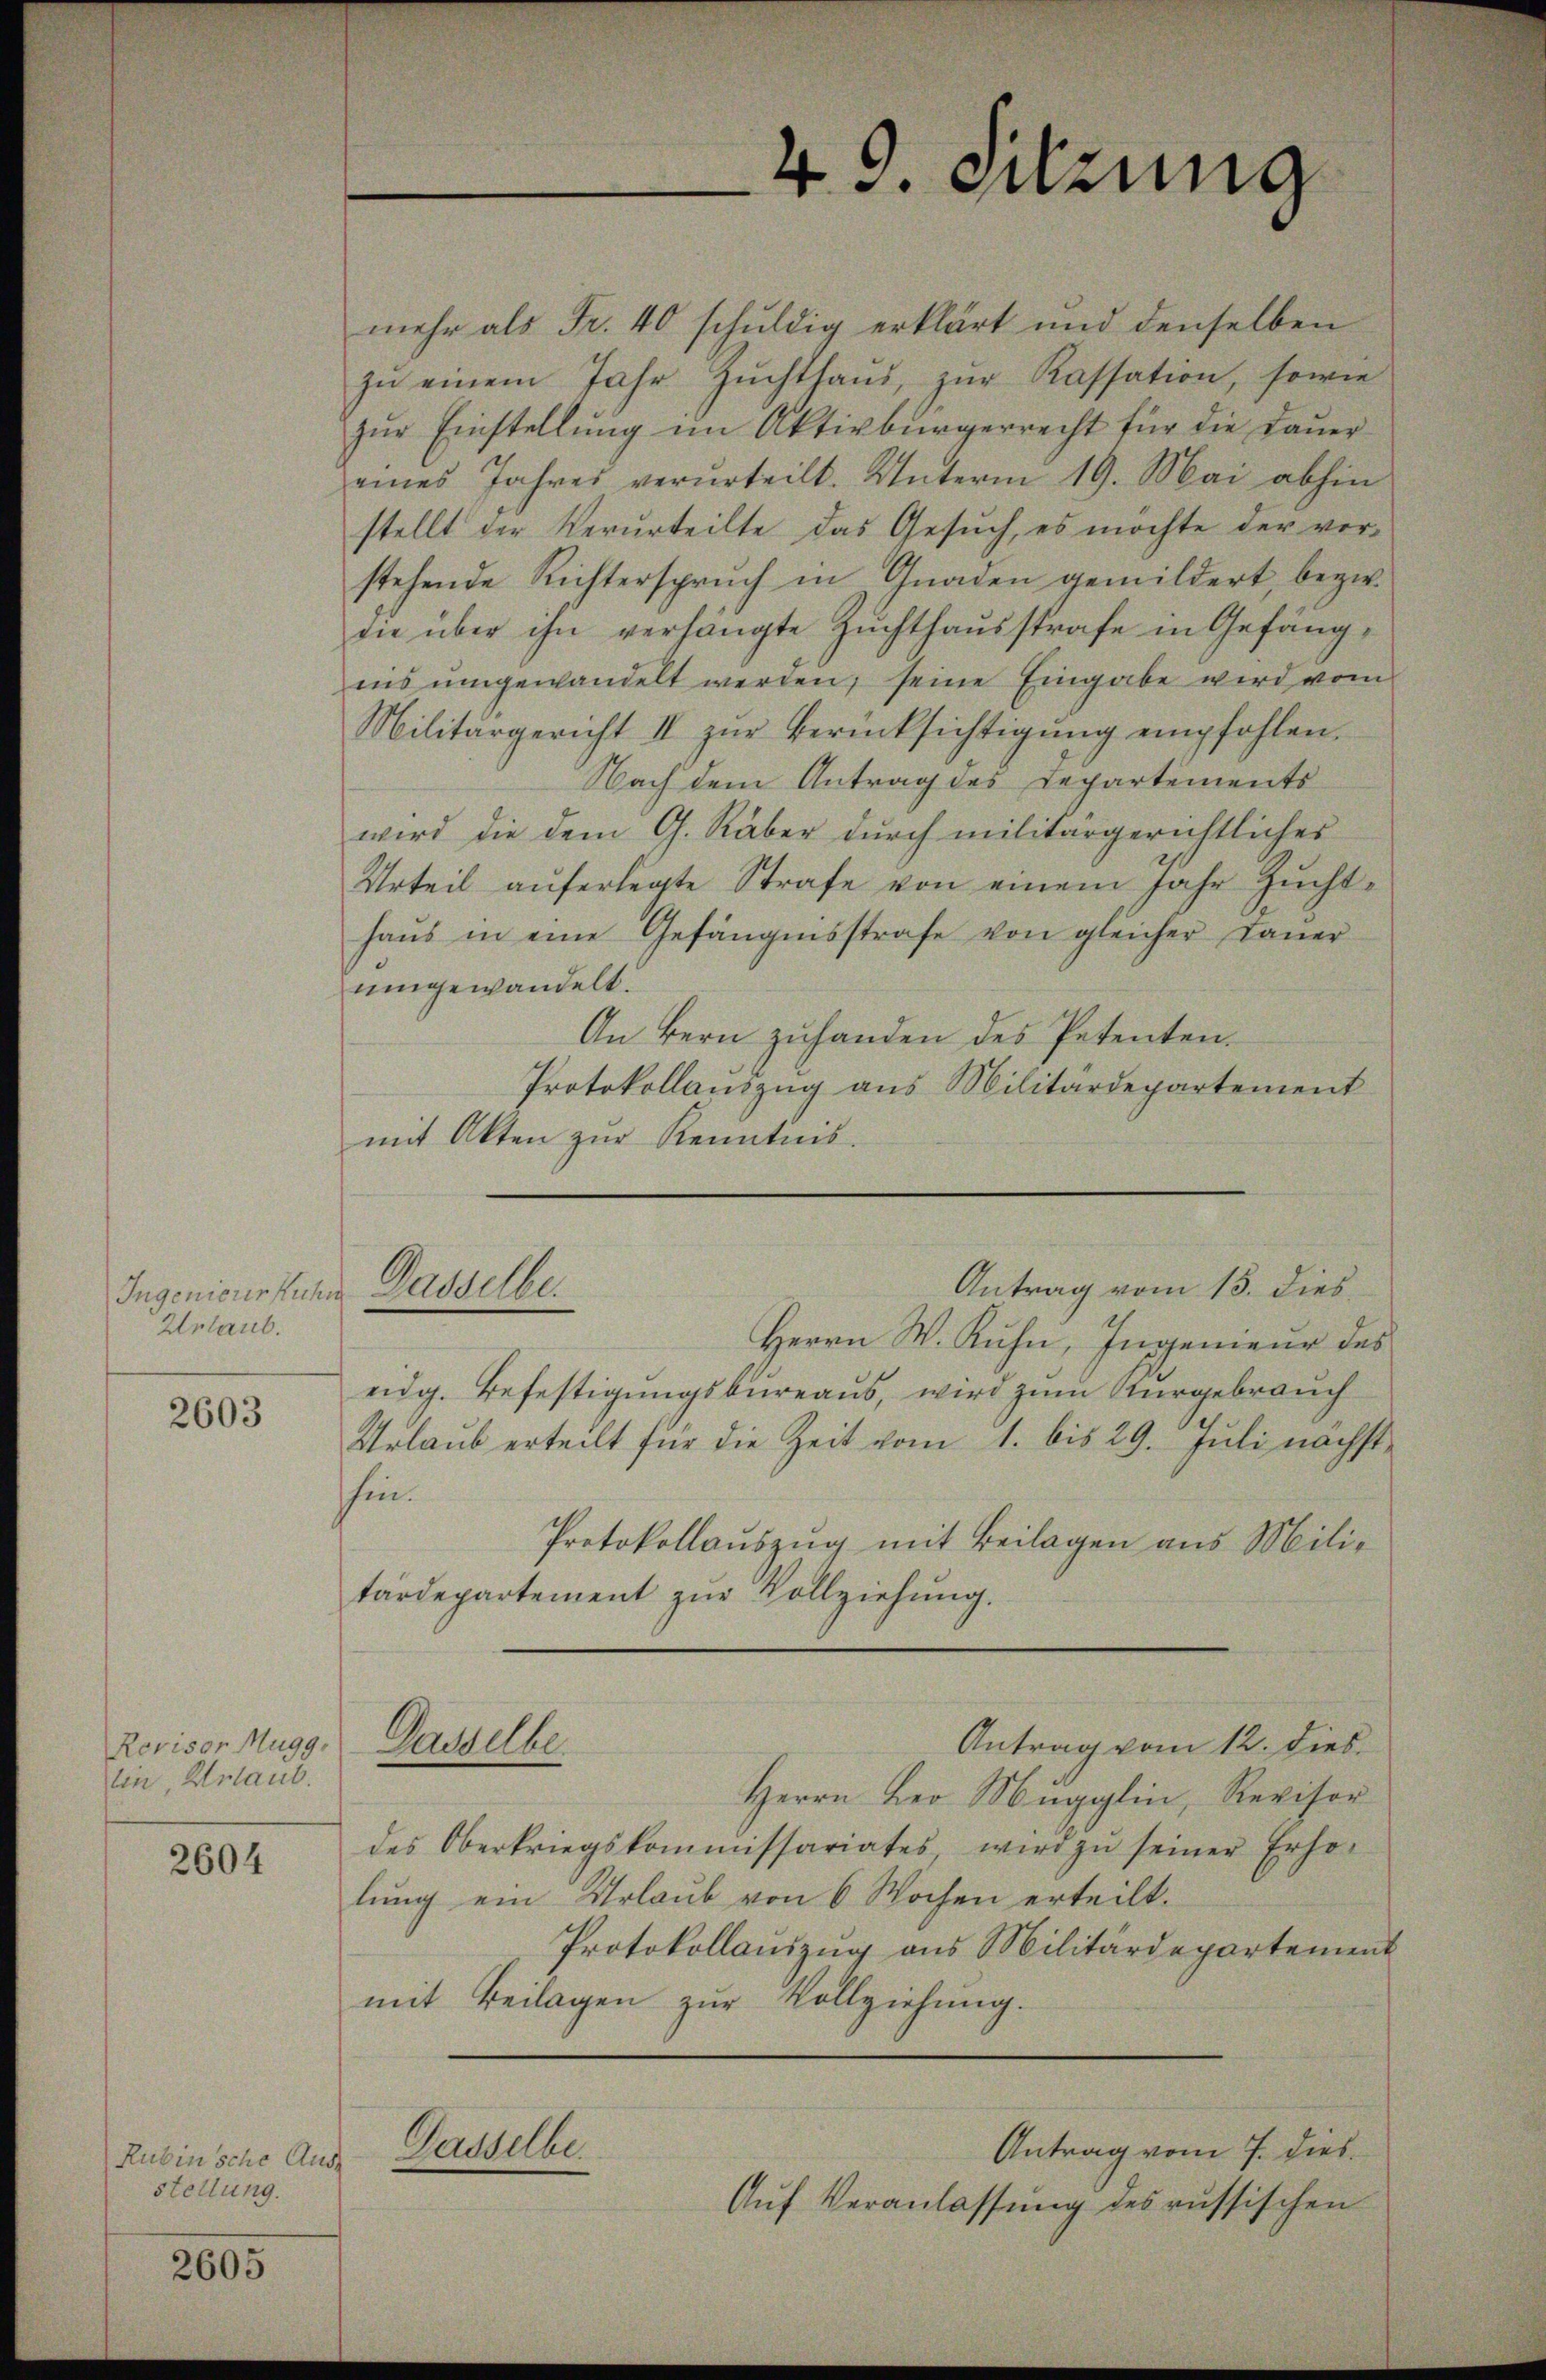
Ingenieur Kuhn
Urlaub.

2603

Revisor Mugg.
lin, Urlaub.

2604

Rubin sche Ausstellung.

2605

mehr als Fr. 40 schuldig erklärt und denselben
zŭ einem Jahr Zŭchthaŭs zŭr Kassation, sowie
zŭr Einstellŭng im Aktivbürgerrecht für die Daŭer-
eines Jahres verurteilt. Unterm 19. Mai abhin
stellt der Verurteilte das Gesŭch, es möchte der ver-
stehende Richterspruch in Gnaden gemildert bezw.
die über ihn verhängte Zuchthausstrafe in Gefängins umgewandelt werden, seine Eingabe wird vom
Militärgericht II zŭr Berücksichtigŭng empfohlen.
Nach dem Antrag des Departements
wird die dem G. Räber durch militärgerichtliches
Urteil aŭferlegte Strafe von einem Jahr Zŭcht-
haŭs in eine Gefängnisstrafe von gleicher Baŭer
umgewandelt.
An Bern zuhanden des Petenten.
Protokollauszug aus Militärdepartement
mit Akten zŭr Kenntnis.

Antrag vom 15. dies
Gasselbe.

Sudthe

49. Sitzung

Herrn W. Kuhn, Ingenieur des
eidg. Befestigungsbureaus, wird zum Kurgebrauch
Urlaub erteilt für die Zeit vom 1. bis 29. Juli nächst
hin.
Protokollauszug mit Beilagen aus Militärdepartement zur Vollziehung.
Antrag vom 12. dies
Herrn Leo Mugglin, Revisor
des Oberkriegskommissariates wird zŭ seiner Erho-
lung ein Urlaub von 6 Wochen erteilt.
Protokollauszug aus Militärdepartement
mit Beilagen zur Vollziehung.
Gasselbe
Antrag vom 7. dies
Auf Veranlassung des russischen